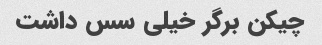
چیکن برگر خیلی سس داشت